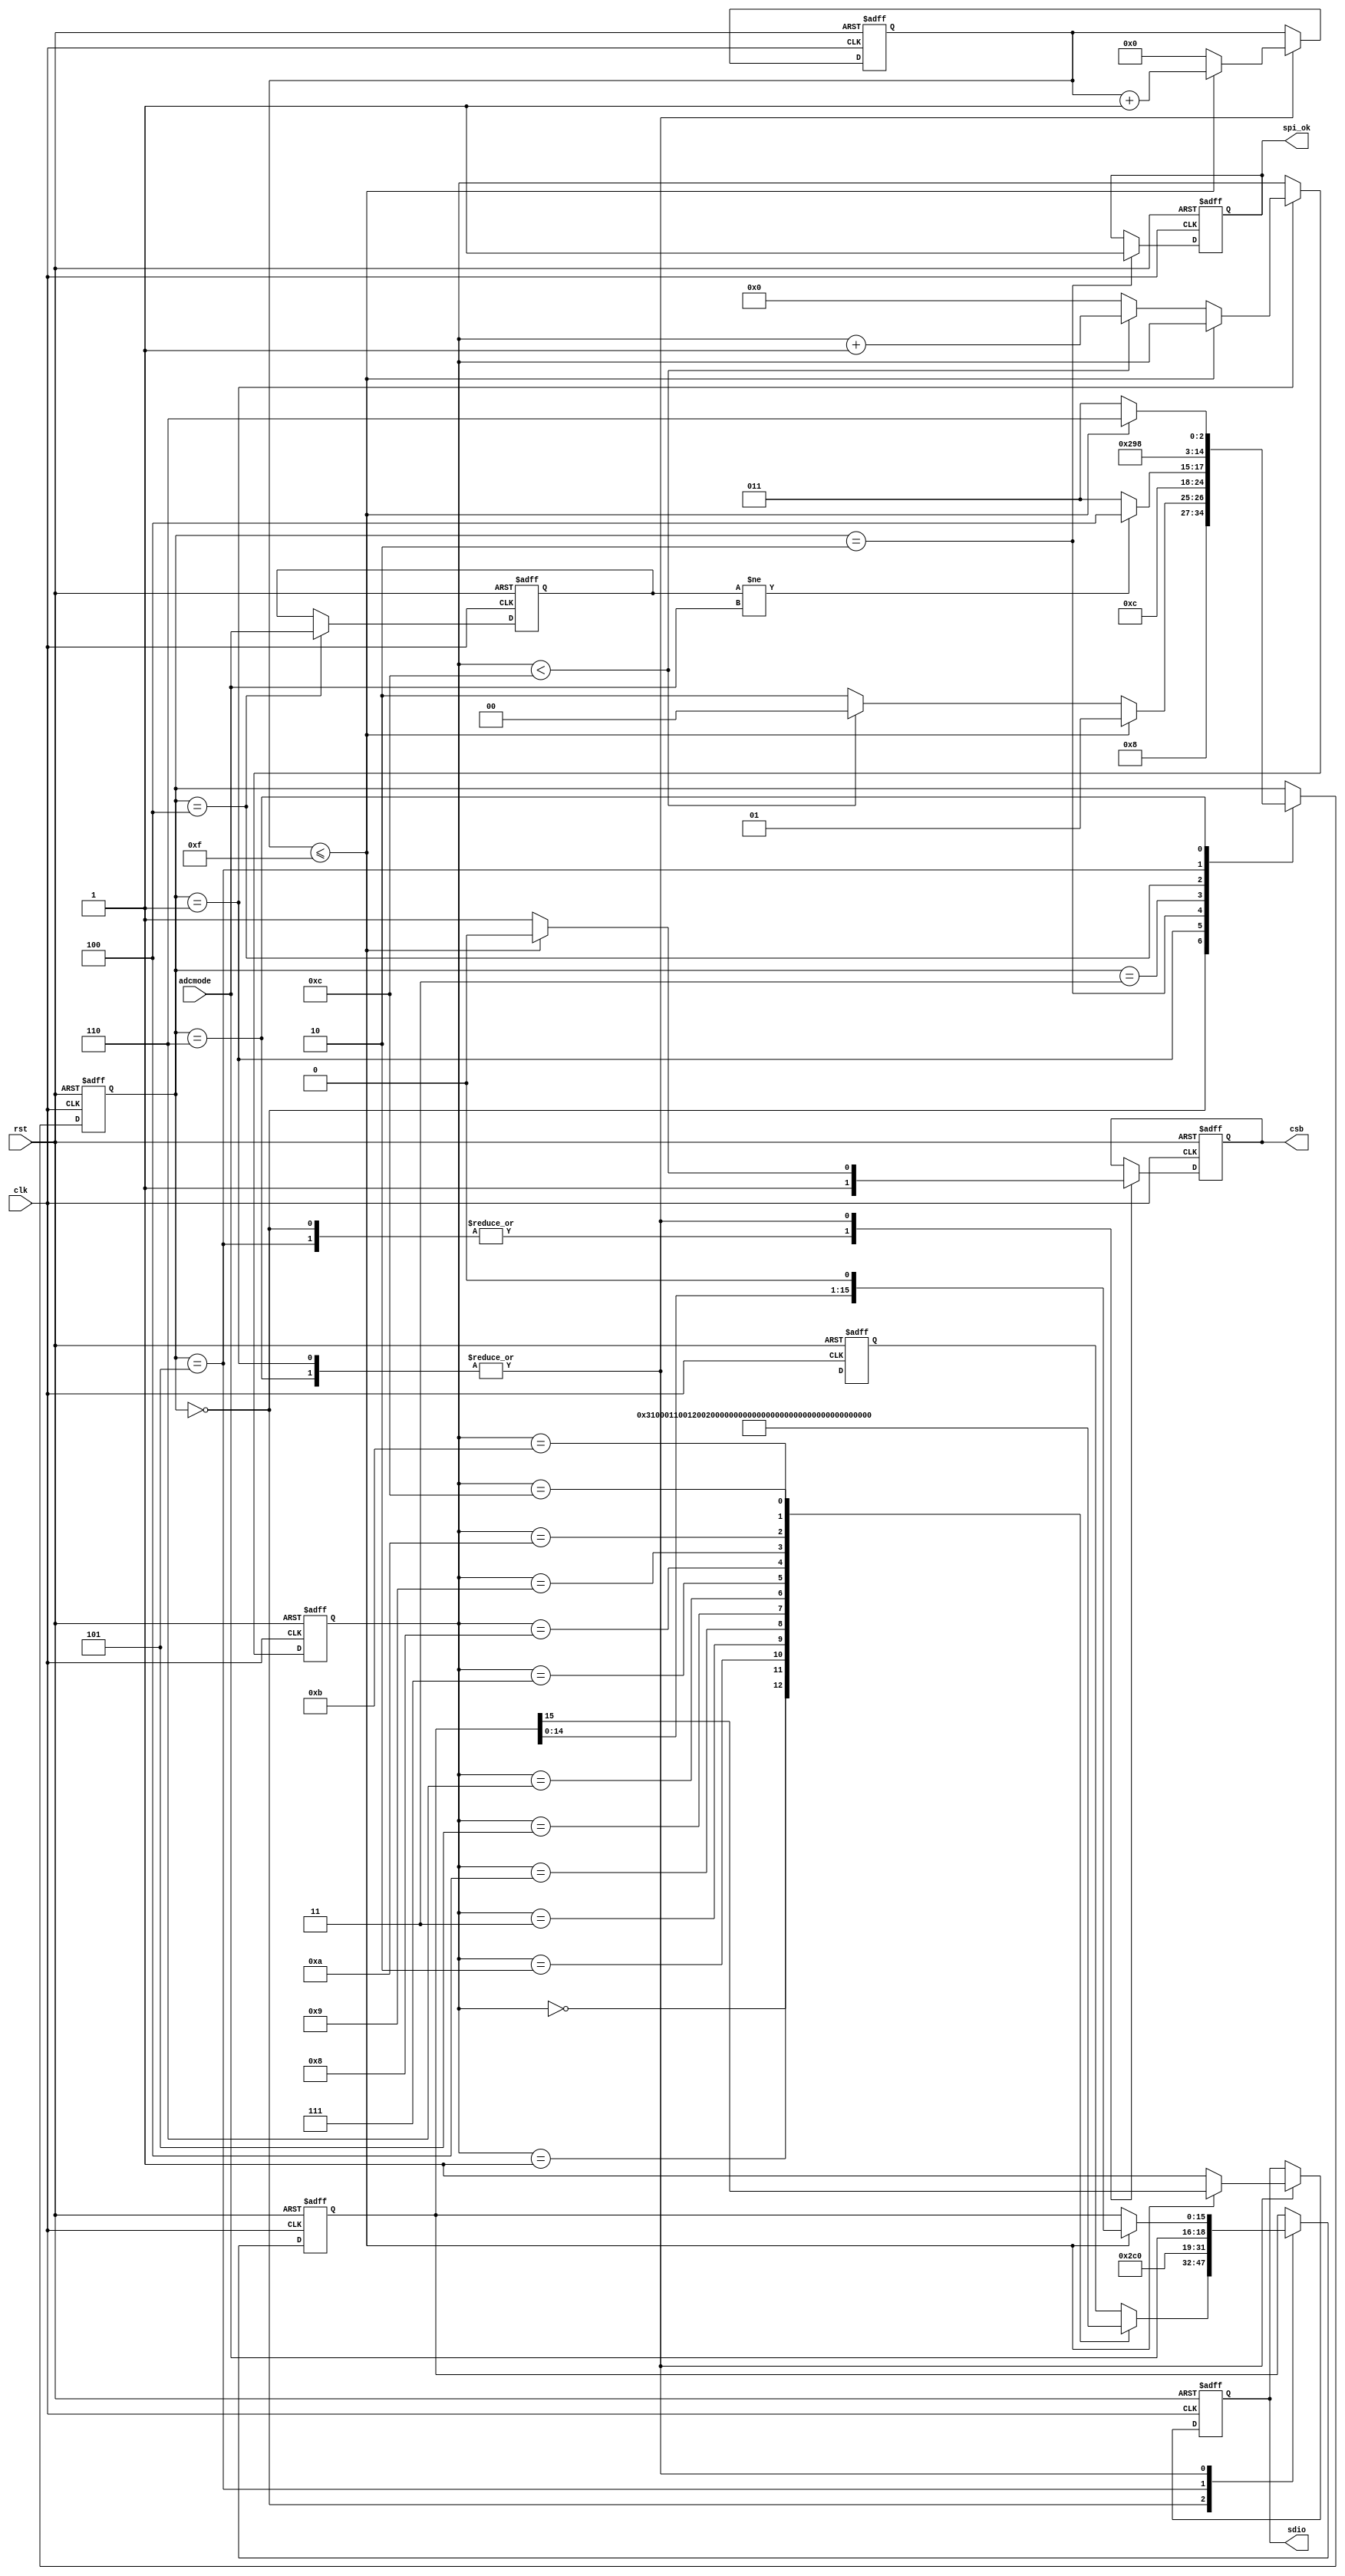
module ads62p44_spi(
output reg sdio,
output reg csb,
input rst,
input clk,
output reg spi_ok,
input [2:0] adcmode
);
wire [6:0] lut_index=7'd12;
function [15:0] lut_data;
	input [5:0] addr;
	begin
		case(addr)
			6'd0 :lut_data = {8'h00,6'd0,1'b1,1'b1};
			6'd1 :lut_data = {8'h10,2'b00,6'd0};
			6'd2 :lut_data = {8'h11,2'd0,2'd0,2'd0,2'd0};
			6'd3 :lut_data = {8'h12,2'd0,6'd0};
			6'd4 :lut_data = {8'h13,3'd0,1'b0,4'd0};
			6'd5 :lut_data = {8'h14,1'b0,1'b0,1'b0,1'b0,1'b0,3'd0};
			6'd6 :lut_data = {8'h16,3'd0,1'b0,1'b0,3'b000};
			6'd7 :lut_data = {8'h17,4'd0,4'b0000};
			6'd8 :lut_data = {8'h18,8'b0101_0101};
			6'd9 :lut_data = {8'h19,2'd0,6'b0101_01};
			6'd10:lut_data = {8'h1a,1'b0,3'b011,4'b0000};
			6'd11:lut_data = {8'h1b,1'b1,1'b0,6'd0};
			6'd12:lut_data = {8'h1d,6'd0,2'b11};
		endcase
	end
endfunction
reg [5:0] addr;
reg [4:0] state;
reg [15:0] dout_reg;
reg [4:0] shift_reg;
reg [2:0] adcmode_reg;
always @ (posedge clk or negedge rst)
if(!rst)
	begin
		csb<=1'b1;
		sdio<=1'b1;
		state<=5'd0;
		addr<=6'd0;
		dout_reg<=16'd0;
		shift_reg<=5'd0;
		spi_ok<=1'b0;
		adcmode_reg<=3'd0;
	end
else
	begin
		case(state)
			5'd0:
				begin
					csb<=1'b1;
					dout_reg<=lut_data(addr);
					state<=5'd1;
				end
			5'd1:
				begin
					if(shift_reg<=5'd15)
						begin
							csb<=1'b0;
							sdio<=dout_reg[15];
							dout_reg<=dout_reg<<1;
							shift_reg<=shift_reg+1'b1;
							state<=5'd1;
						end
					else
						begin
							shift_reg<=5'd0;
							csb<=1'b1;
							sdio<=1'b1;
							if(addr<lut_index)
								begin
									addr<=addr+1'b1;
									state<=5'd0;
								end
							else
								begin
									addr<=6'd0;
									state<=5'd2;
								end
						end
				end
			5'd2:
				begin
					spi_ok<=1'b1;
					state<=5'd3;
				end
			5'd3:
				begin
					if(adcmode_reg!=adcmode)
						begin state<=5'd4;end
					else
						begin state<=5'd3;end
				end
			5'd4:
				begin
					state<=5'd5;adcmode_reg<=adcmode;
				end
			5'd5:
				begin
					csb<=1'b1;dout_reg<={8'h16,3'd0,1'b0,1'b0,adcmode};state<=5'd6;
				end
			5'd6:
				begin
					if(shift_reg<=5'd15)
						begin 
							csb<=1'b0;sdio<=dout_reg[15];dout_reg<=dout_reg<<1;shift_reg<=shift_reg+1'b1;state<=5'd6;
						end
					else 
						begin 
							shift_reg<=5'd0;csb<=1'b1;sdio<=1'b1;state<=5'd3;
						end
				end
		endcase
	end
endmodule